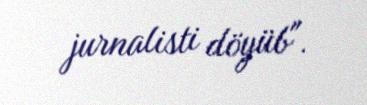
jurnalisti döyüb".